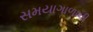
સમયાગાળાની